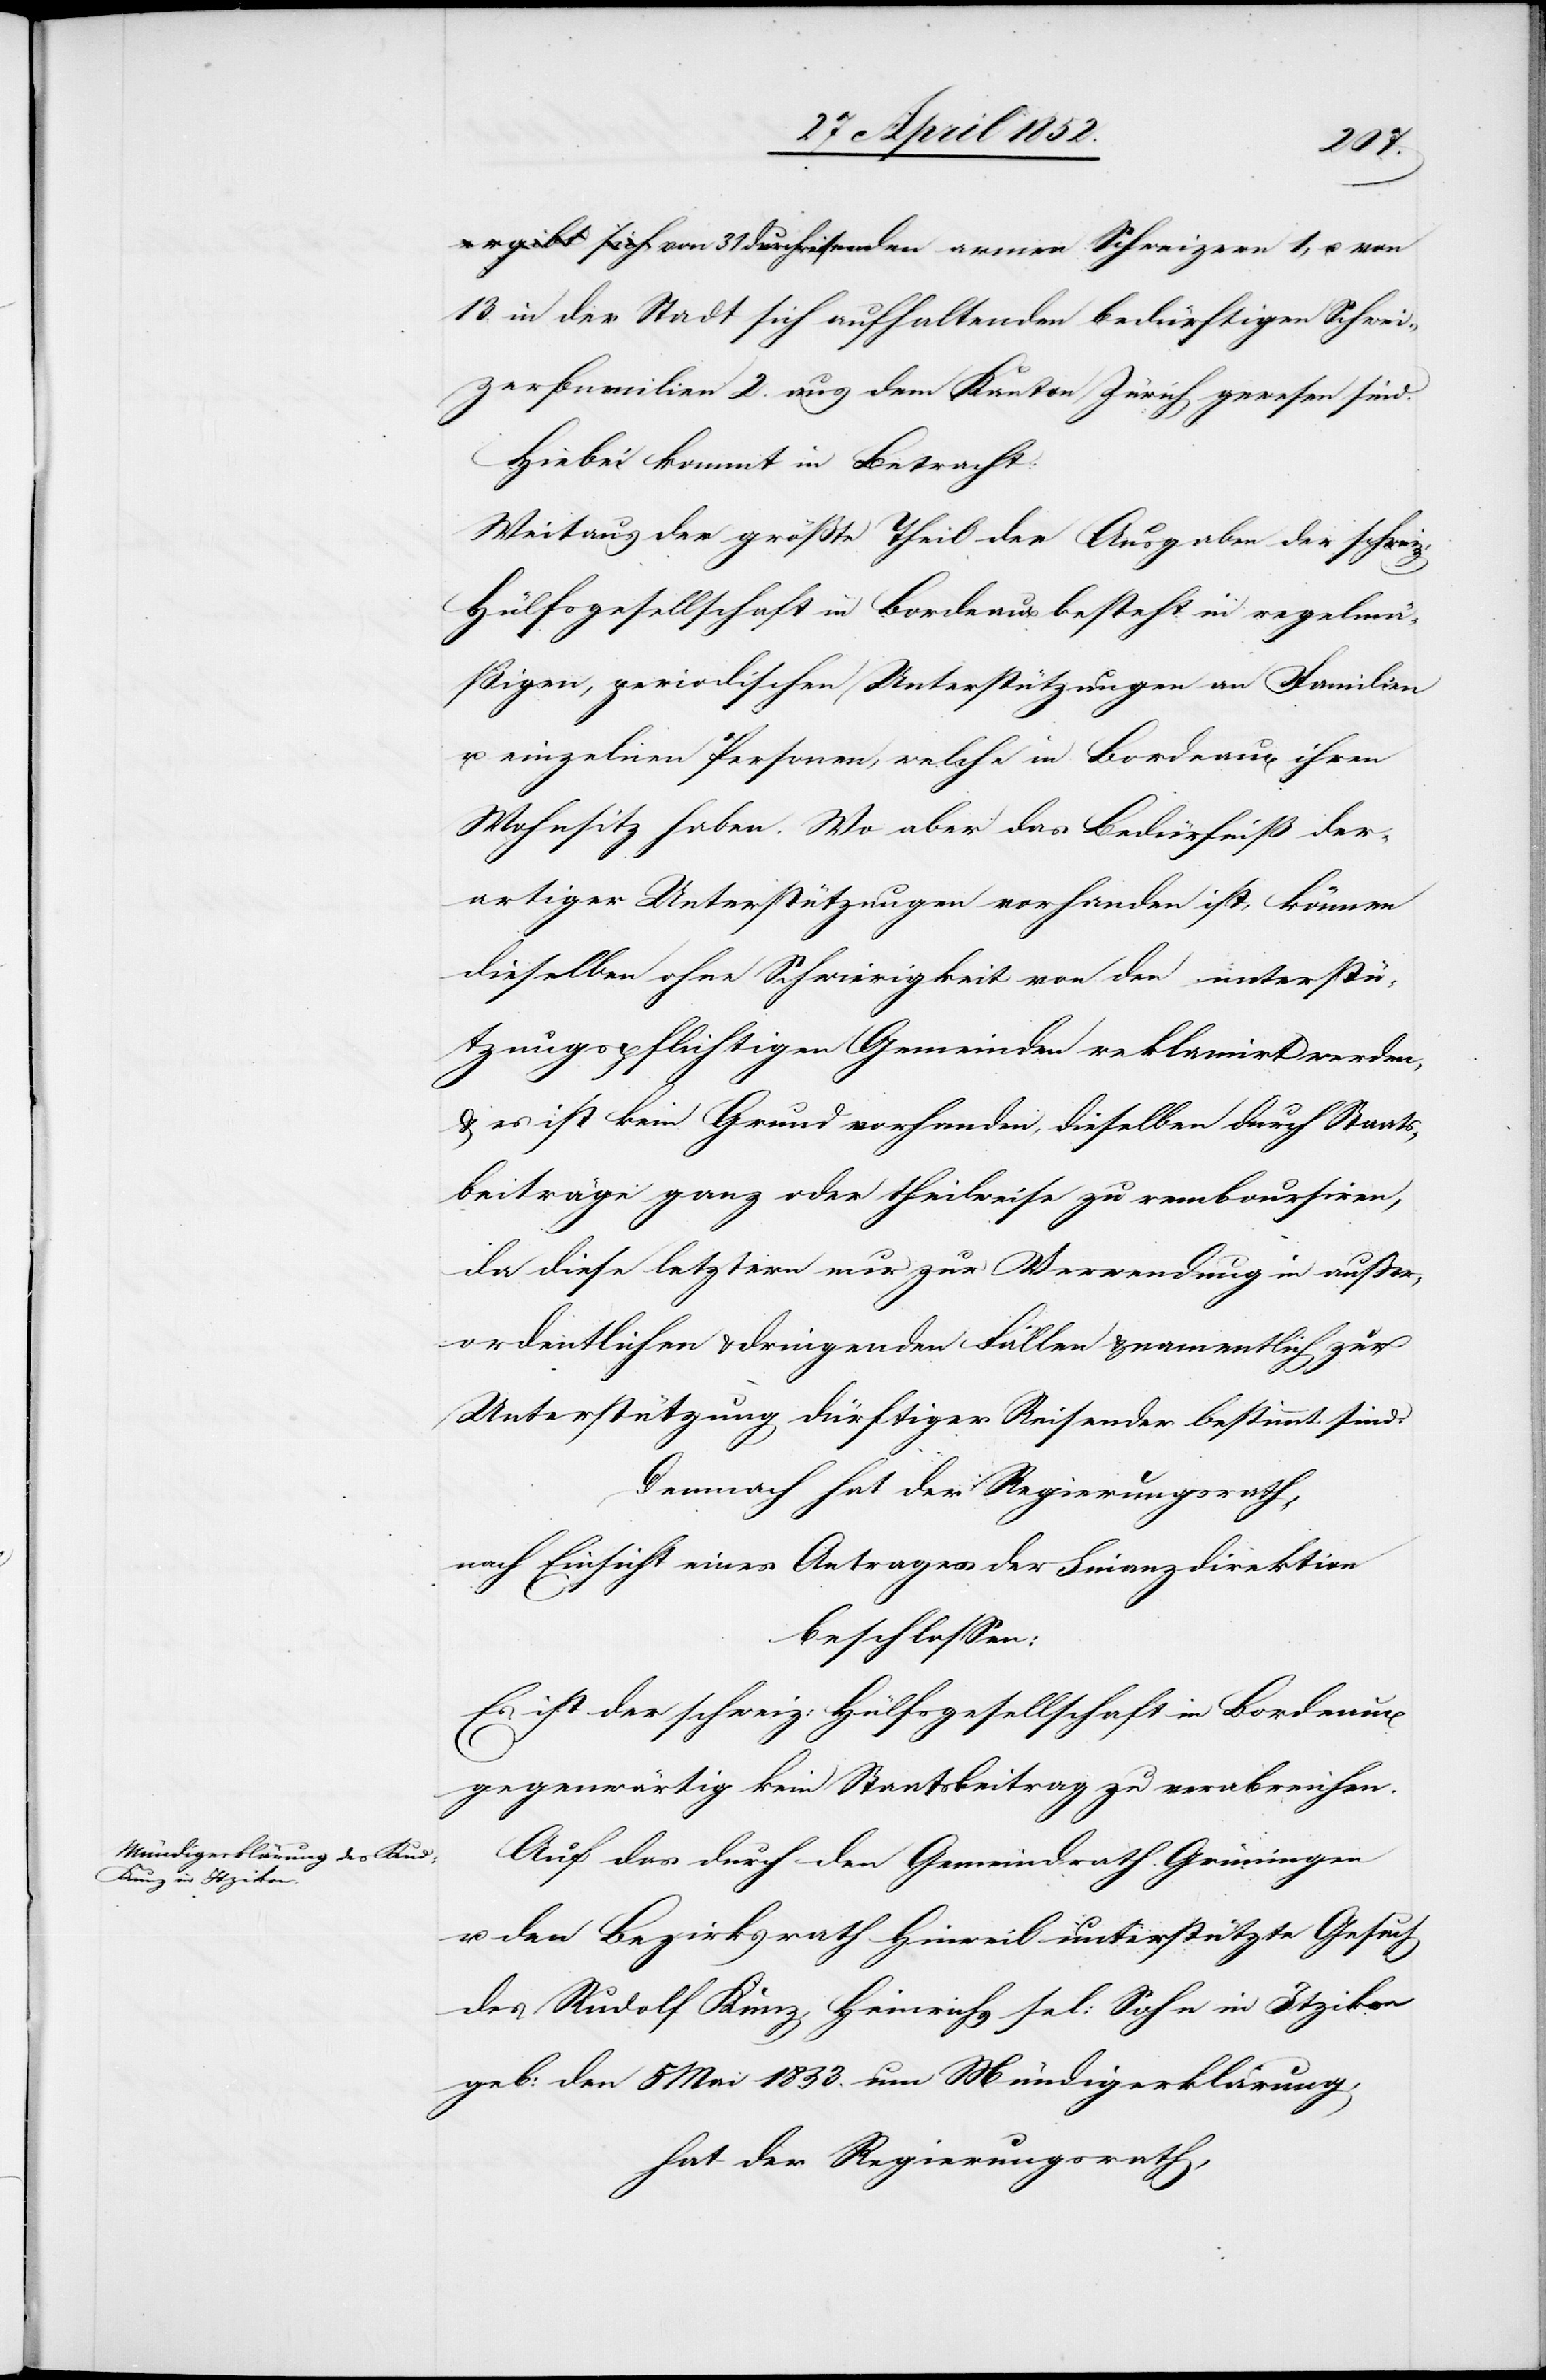
13. in der Stadt sich aufhaltenden bedürftigen Schwei¬
zerfamilien 2. aus dem Kanton Zürich gewesen sind.
Hiebei kommt in Betracht:
Weitaus der grösste Theil der Ausgaben der schweiz:
Hülfsgesellschaft in Bordeaux besteht in regelmä¬
ßigen, periodischen Unterstützungen an Familien
u. einzelnen Personen, welche in Bordeaux ihren
Wohnsitz haben. Wo aber das Bedürfniß der¬
artiger Unterstützungen vorhanden ist, können
dieselben ohne Schwierigkeit von den unterstü¬
tzungspflichtigen Gemeinden reklamirt werden,
& es ist kein Grund vorhanden, dieselben durch Staats¬
beiträge ganz oder theilweise zu remboursiren,
da diese letztern nur zur Verwendung in ausser¬
ordentlichen & dringenden Fällen & namentlich zur
Unterstützung dürftiger Reisender bestimmt sind.
Demnach hat der Regierungsrath,
nach Einsicht eines Antrages der Finanzdirektion
beschlossen:
Es ist der schweiz: Hülfsgesellschaft in Bordeaux
gegenwärtig kein Staatsbeitrag zu verabreichen.
Auf das durch den Gemeindrath Grüningen
u. den Bezirksrath Hinweil unterstützte Gesuch
des Rudolf Kunz, Heinrichs sel: Sohn in Itzikon
geb: den 5 Mai 1833. um Mündigerklärung,
hat der Regierungsrath,